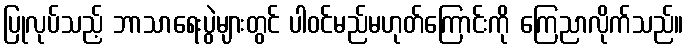
ပြုလုပ်သည့် ဘာသာရေးပွဲများတွင် ပါဝင်မည်မဟုတ်ကြောင်းကို ကြေညာလိုက်သည်။